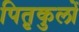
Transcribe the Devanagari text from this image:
पितृकुलों